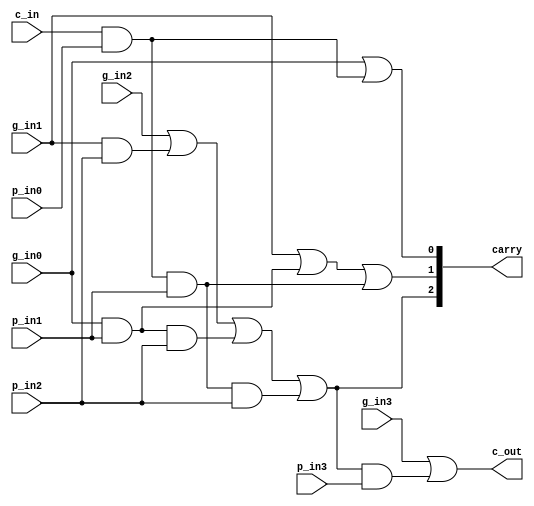
module CLA64clg_co(c_out,                                                                
                 // g_out,                                                             
                 // p_out,                                                               
                    carry,                                                                
                    p_in0,                                                                
                    g_in0,                                                                
                    p_in1,                                                                
                    g_in1,                                                                
                    p_in2,                                                                
                    g_in2,                                                                
                    p_in3,                                                                
                    g_in3,                                                                
                    c_in                                                                  
                    ) ;                                                                   
                                                                                       
 parameter CA_WIDTH = 3 ;                                                                 
 parameter C_1 = 0 ;                                                                      
 parameter C_2 = 1 ;                                                                      
 parameter C_3 = 2 ;                                                                      
                                                                                          
 output                c_out ;                                                            
 // output                g_out ;                                                         
 // output                p_out ;                                                         
 output[CA_WIDTH-1:0]  carry ;                                                            
                                                                                          
 input                 p_in0 ;                                                            
 input                 g_in0 ;                                                            
 input                 p_in1 ;                                                            
 input                 g_in1 ;                                                            
 input                 p_in2 ;                                                            
 input                 g_in2 ;                                                            
 input                 p_in3 ;                                                            
 input                 g_in3 ;                                                            
 input                 c_in ;                                                             
                                                                                          
   //                                                                                     
   assign carry[C_1] = g_in0|(c_in&p_in0) ;                                               
   assign carry[C_2] = g_in1|(g_in0&p_in1)|(c_in&p_in0&p_in1) ;                           
   assign carry[C_3] = g_in2|(g_in1&p_in2)|(g_in0&p_in1&p_in2)|(c_in&p_in0&p_in1&p_in2) ; 
                                                                                          
   //                                                                                     
   // assign g_out = g_in3|(g_in2&p_in3)|(g_in1&p_in2&p_in3)|(g_in0&p_in1&p_in2&p_in3) ;  
   // assign p_out = p_in3&p_in2&p_in1&p_in0 ;                                            
   assign c_out = g_in3|(carry[C_3]&p_in3) ;                                              
                                                                                          
 endmodule